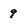
Character: 9